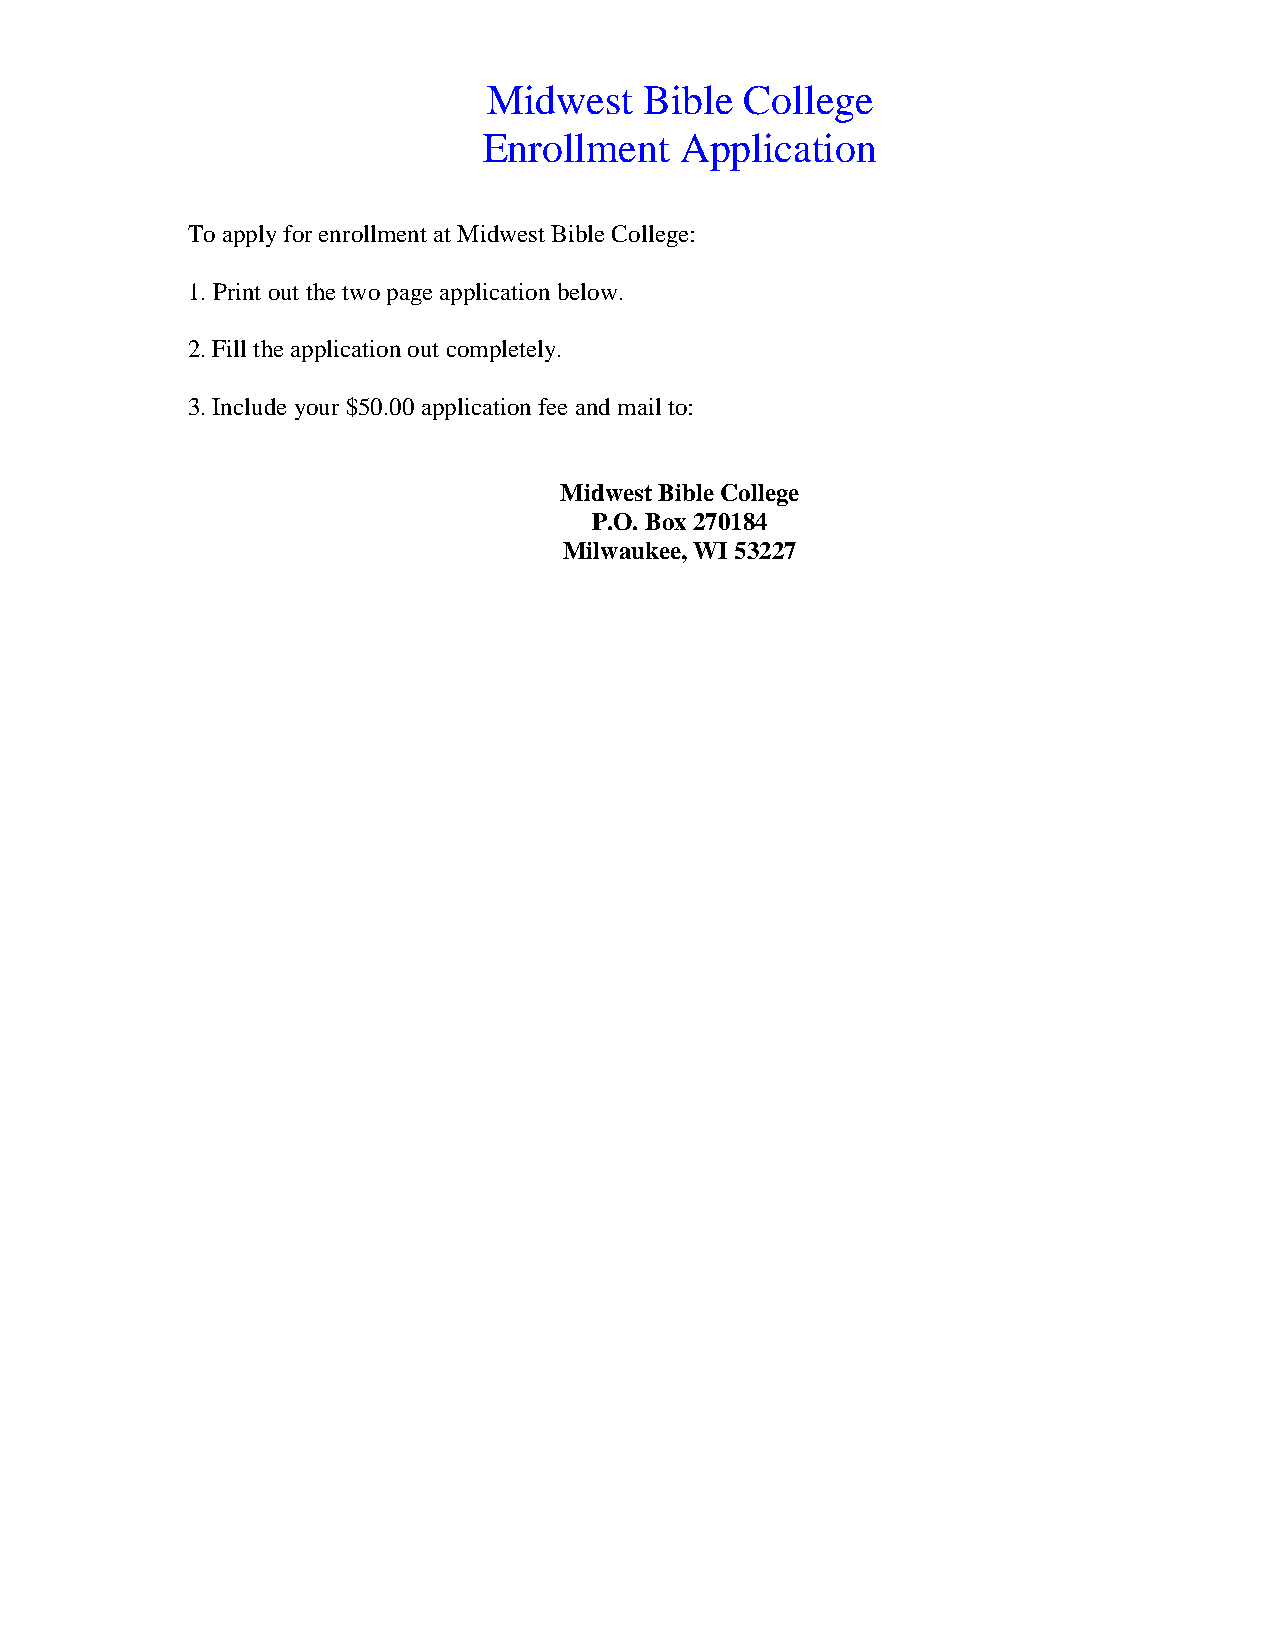
Midwest    Bible College
 Enrollment   Application
 To apply for enrollment at Midwest Bible College:
 1. Print out the two page application below.
 2. Fill the application out completely.
 3. Include your $50.00 application fee and mail to:
 Midwest Bible College
 P.O. Box 270184
 Milwaukee, WI 53227